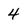
Character: 4